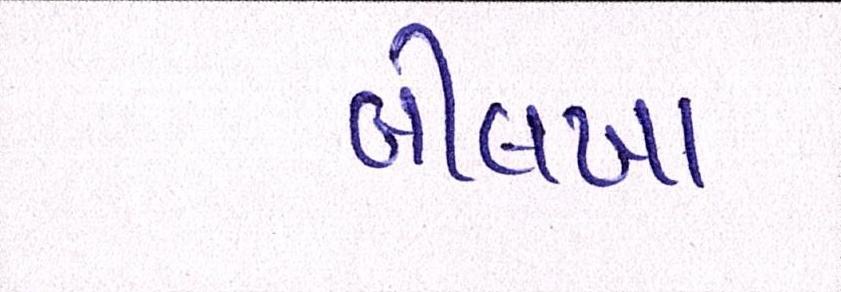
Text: બીલખા